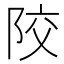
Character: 𨹍